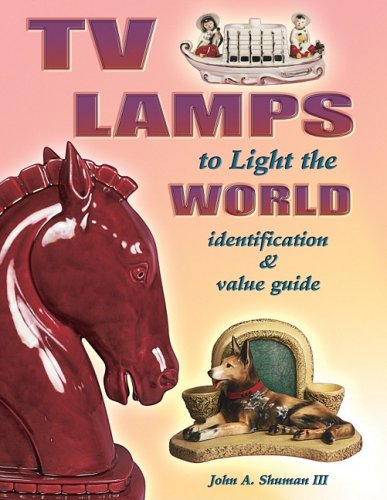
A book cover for TV Lamps to Light the World Identification & Value Guide; John A.,  III Shuman; Crafts, Hobbies & Home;